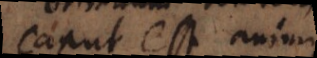
caput est animi